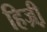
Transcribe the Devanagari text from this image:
हिज्री़